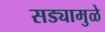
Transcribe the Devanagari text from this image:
सड्यामुळे